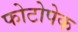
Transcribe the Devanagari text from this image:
फोटोपेक